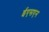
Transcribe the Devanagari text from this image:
ईएसएन